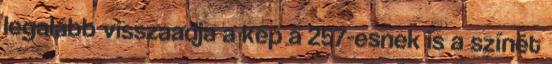
legalább visszaadja a kép a 257-esnek is a színét